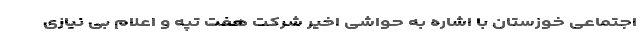
اجتماعی خوزستان با اشاره به حواشی اخیر شرکت هفت تپه و اعلام بی نیازی